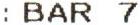
: BAR 7